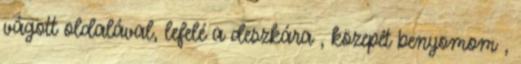
vágott oldalával, lefelé a deszkára , közepét benyomom ,